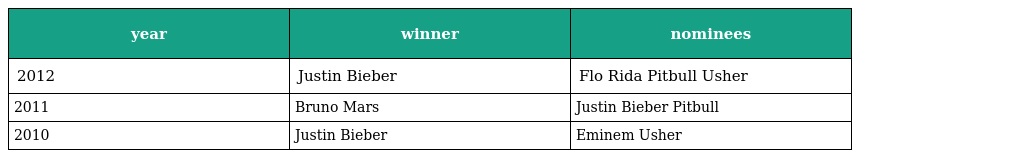
| year | winner | nominees |
 | --- | --- | --- |
 | 2012 | Justin Bieber | Flo Rida Pitbull Usher |
 | 2011 | Bruno Mars | Justin Bieber Pitbull |
 | 2010 | Justin Bieber | Eminem Usher |